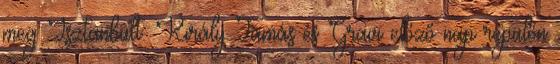
meg Isztanbult. Király Tamás és Gravi előző nap repülőn